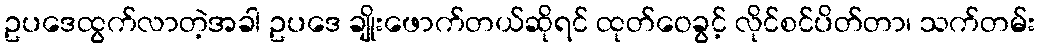
ဥပဒေထွက်လာတဲ့အခါ ဥပဒေ ချိုးဖောက်တယ်ဆိုရင် ထုတ်ဝေခွင့် လိုင်စင်ပိတ်တာ၊ သက်တမ်း